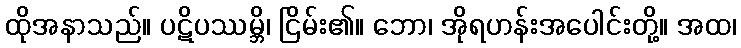
ထိုအနာသည်။ ပဋိပဿမ္ဘိ၊ ငြိမ်း၏။ ဘော၊ အိုရဟန်းအပေါင်းတို့။ အထ၊